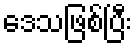
ဒေသဖြစ်ပြီး